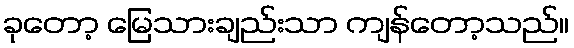
ခုတော့ မြေသားချည်းသာ ကျန်တော့သည်။